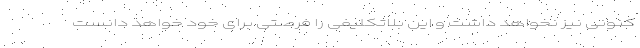
کنونی نیز نخواهد داشت و این بلاتکلیفی را فرصتی برای خود خواهد دانست